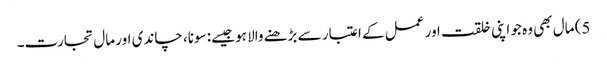
5) مال بھی وہ جو اپنی خلقت اور عمل کے اعتبار سے بڑھنے والا ہو جیسے: سونا، چاندی اور مال تجارت۔